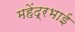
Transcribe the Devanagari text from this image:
महेंद्रभाई